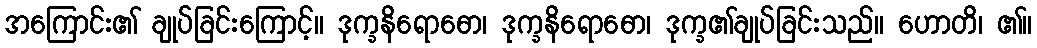
အကြောင်း၏ ချုပ်ခြင်းကြောင့်။ ဒုက္ခနိရောဓော၊ ဒုက္ခနိရောဓော၊ ဒုက္ခ၏ချုပ်ခြင်းသည်။ ဟောတိ၊ ၏။